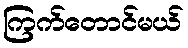
ကြက်တောင်မယ်